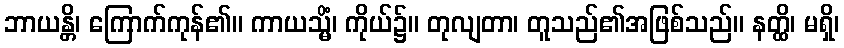
ဘာယန္တိ၊ ကြောက်ကုန်၏။ ကာယသ္မိံ၊ ကိုယ်၌။ တုလျတာ၊ တူသည်၏အဖြစ်သည်။ နတ္ထိ၊ မရှိ၊